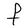
Character: F